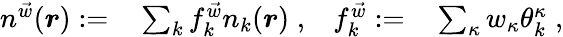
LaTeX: \begin{array}{rlrl}{n^{\vec{w}}(\boldsymbol{r}):=}&{{}\sum_{k}f_{k}^{\vec{w}}n_{k}(\boldsymbol{r})\; ,}&{f_{k}^{\vec{w}}:=}&{{}\sum_{\kappa}w_{\kappa}\theta_{k}^{\kappa}\; ,}\end{array}